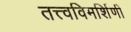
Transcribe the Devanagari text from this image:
तत्त्वविमर्शिणी